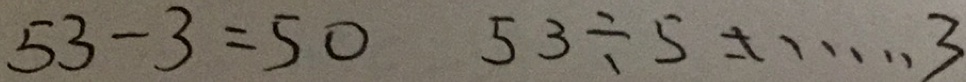
5 3 - 3 = 5 0 5 3 \div 5 = \cdots 3